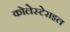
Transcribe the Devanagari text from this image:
कोलेस्टेराइल